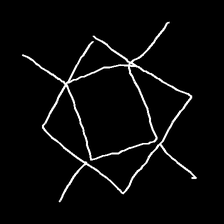
Glyph: light